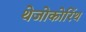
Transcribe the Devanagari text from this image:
थेजोकोरिंथ